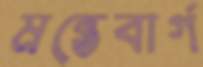
মন্তেবার্গ